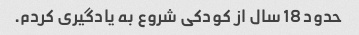
حدود 18 سال از کودکی شروع به یادگیری کردم.